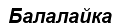
Балалайка